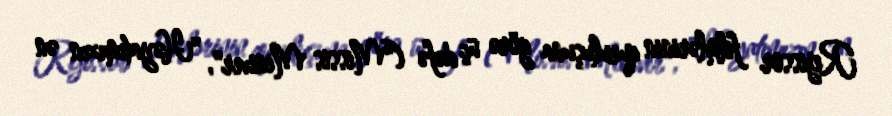
Rejissor filmlərinin quruluşuna görə üç dəfə ("Missis Miniver", "Həyatımızın ən